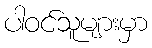
ပါဝင်သူများမှာ